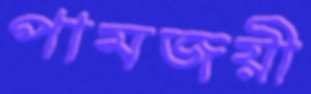
পামজয়ী